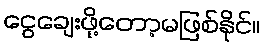
ငွေချေးဖို့တော့မဖြစ်နိုင်။